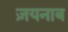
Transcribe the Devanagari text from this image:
ज़यनाब